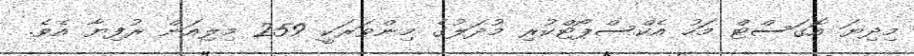
މިދިޔަ އޮގަސްޓް މަހު އެކްސްޕޯޓްކުރި މުދަލުގެ މިންވަރަކީ 259 މިލިއަން ރުފިޔާ އެވެ.